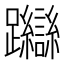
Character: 𨇼